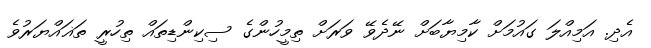
އެދި. އަމިއްލަ ގައުމަށް ކާމިޔާބަށް ނޭދެވޭ ވަރަށް ތިމީހުންގެ ސިކިންޑިތައް ތިހުރީ ތަޣައްޔަރުވެ